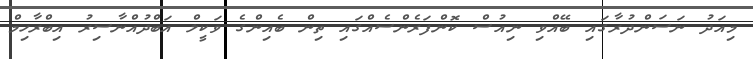
މިއަދު ނަސަންދުރާގައި ބޭއްވި ނިއުސް ކޮންފަރެންސެއްގައި ތިން ބެއިންގެ ވަކީލް އަބްދުއްނާސިރު އިބްރާހިމް